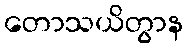
တောသယိတွာန